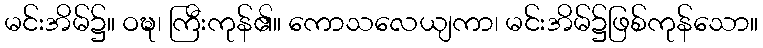
မင်းအိမ်၌။ ဝဍ္ဎ၊ ကြီးကုန်၏။ ကောသလေယျကာ၊ မင်းအိမ်၌ဖြစ်ကုန်သော။